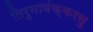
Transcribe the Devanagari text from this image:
तिरुनावंक्करसु